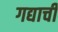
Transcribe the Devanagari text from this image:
गद्याची